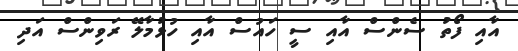
އާއި ފޯތު ސެންސް އާއި ސީ ހައުސް އާއި ހުޅުމާލޭ ރަވިންސް އަދި